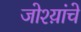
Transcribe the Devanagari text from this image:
जोश्य़ांचे